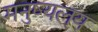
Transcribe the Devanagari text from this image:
मनुष्यलय